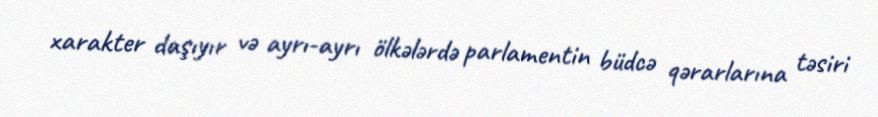
xarakter daşıyır və ayrı-ayrı ölkələrdə parlamentin büdcə qərarlarına təsiri